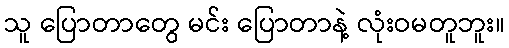
သူ ပြောတာတွေ မင်း ပြောတာနဲ့ လုံးဝမတူဘူး။